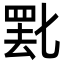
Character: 𬙞